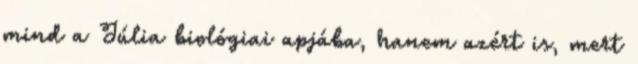
mind a Júlia biológiai apjába, hanem azért is, mert